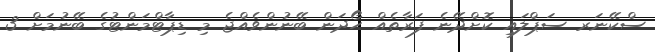
ސްކޭނަރ ސަޕްލައި ކޮށްދޭނެ ފަރާތެއް ހޯދަން ބޭނުންވެއްޖެ މި ޑިޕާޓްމަންޓުގެ ބޭނުމަށް 3